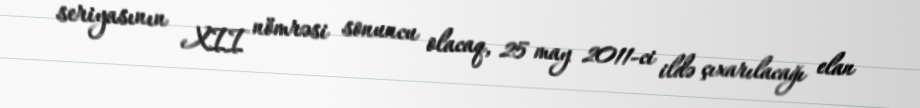
seriyasının XII nömrəsi sonuncu olacaq, 25 may 2011-ci ildə çıxarılacağı elan